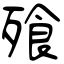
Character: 飱